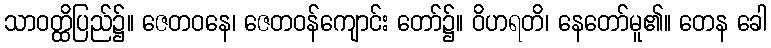
သာဝတ္ထိပြည်၌။ ဇေတဝနေ၊ ဇေတဝန်ကျောင်း တော်၌။ ဝိဟရတိ၊ နေတော်မူ၏။ တေန ခေါ